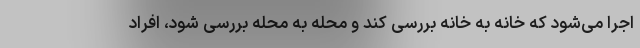
اجرا می‌شود که خانه به خانه بررسی کند و محله به محله بررسی شود، افراد